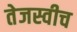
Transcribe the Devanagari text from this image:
तेजस्वीच